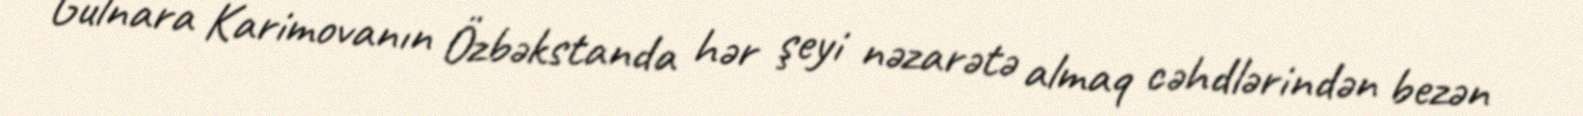
Gulnara Karimovanın Özbəkstanda hər şeyi nəzarətə almaq cəhdlərindən bezən